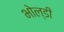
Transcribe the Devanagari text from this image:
भोल्डी